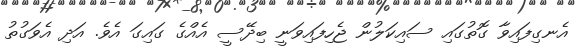
އެނގިފައިވާ ގޮތުގައި ސައިކަލުން ޖެހިފައިވަނީ ބިދޭސީ އެއްގެ ގައިގަ އެވެ. އަދި އެވަގުތު